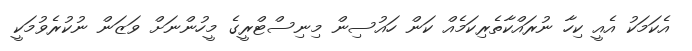
އެކަމަކު އެއީ ކިހާ ނުރައްކާތެރިކަމެއް ކަން ހައުސިން މިނިސްޓްރީގެ މީހުންނަށް ވަޒަން ނުކުރެވުމަކީ